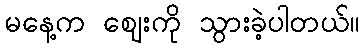
မနေ့က ဈေးကို သွားခဲ့ပါတယ်။